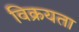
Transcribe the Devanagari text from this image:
विक्रयता